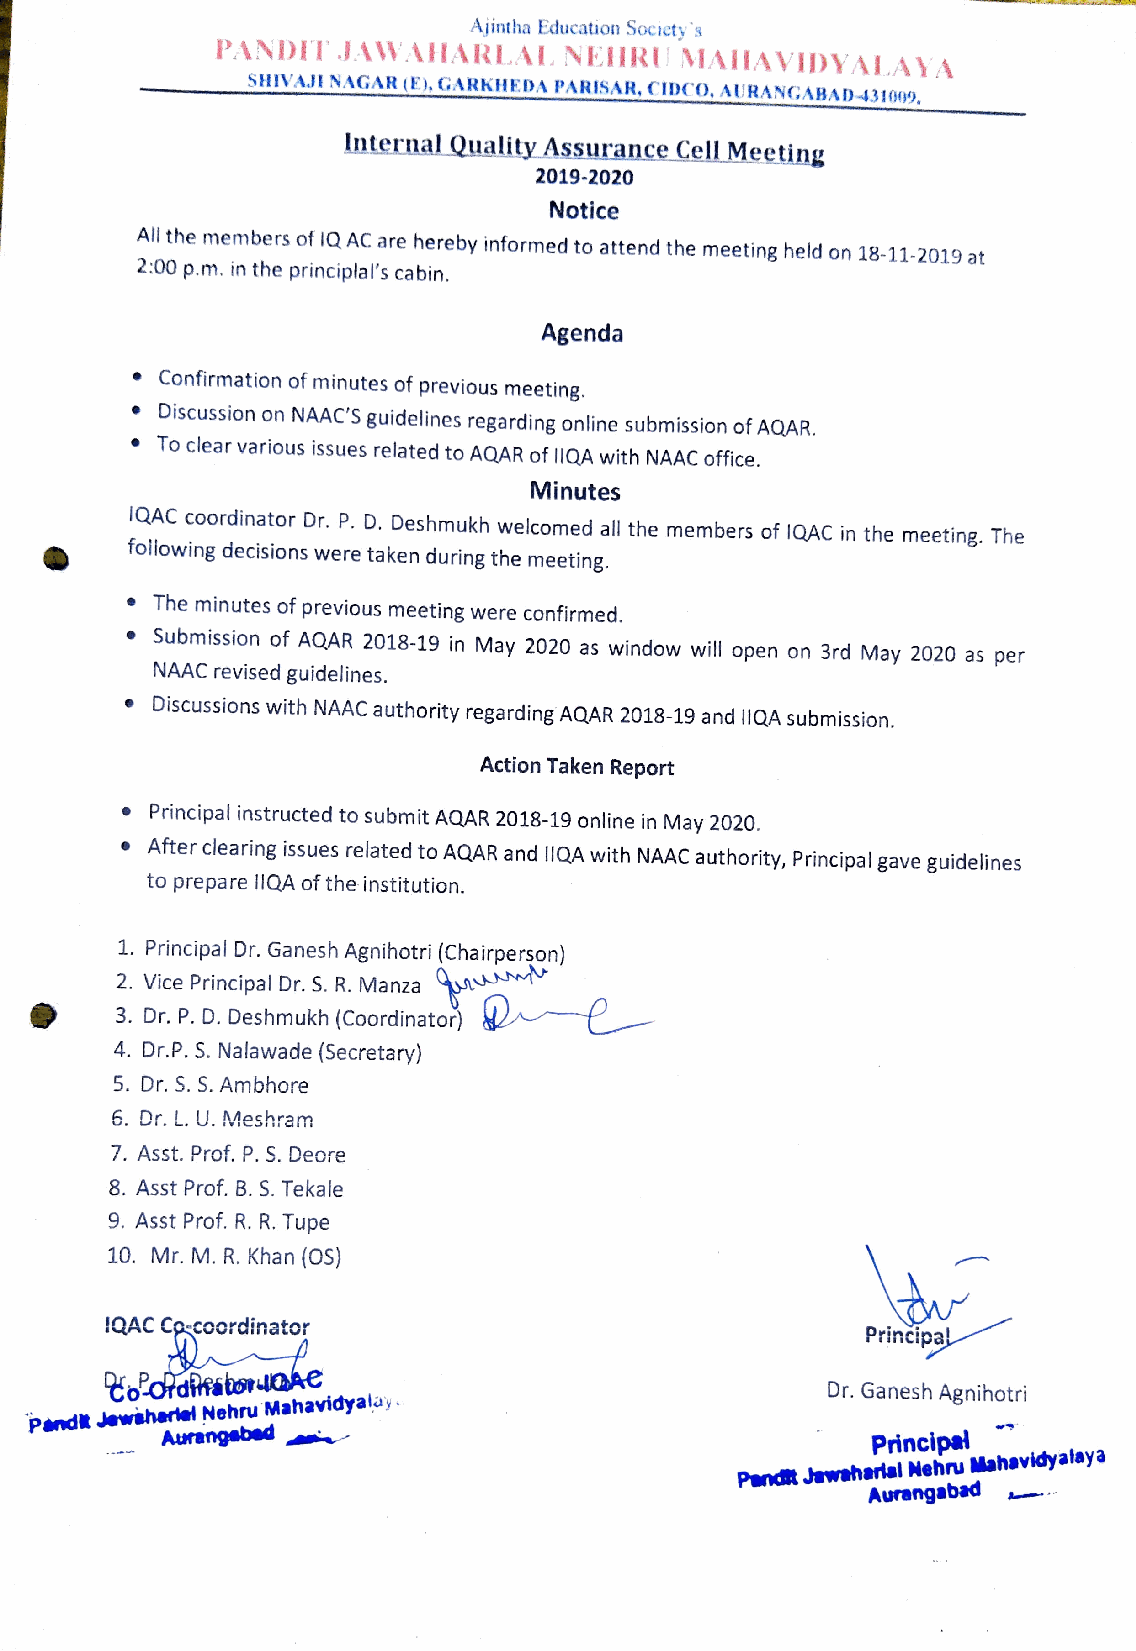
Ajintha Education Society's
 PANDIT  JAWAHARLAL     NEHRU   MAIIAVIDYALAYA
 SHIVAJI NAGAR (E), GARKHEDA PARISAR, CIDCO, AURANGABAD-431009.
 Internal Quality Assurance Cell Meeting
 2019-2020
 Notice
 All the members of IQ AC are hereby informed to attend the meeting held on 18-11-2019 at
 2:00 p.m. in the principlal's cabin.
 Agenda
 Confirmation of minutes of previous meeting.
 Discussion on NAAC'S guidelines regarding online submission of AQAR.
 To clear various issues related to AQAR of lIQA with NAAC office.
 Minutes
 QAC coordinator Dr. P. D. Deshmukh welcomed all the members of 1QAC in the meeting. The
 following decisions were taken during the meeting.
 The  minutes of previous meeting were confirmed.
 Submission of AQAR 2018-19 in May 2020 as window will open on 3rd May 2020 as per
 NAAC revised guidelines.
 Discussions with NAAC authority regarding AQAR 2018-19 and lIQA submission.
 Action Taken Report
 Principal instructed to submit AQAR 2018-19 online in May 2020.
 After clearing issues related to AQAR and lIQA with NAAC authority, Principal gave guidelines
 to prepare l1QA of the institution.
 1. Principal Dr. Ganesh Agnihotri (Chairperson)
 2. Vice Principal Dr. S. R. Manzapa
 e
 3. Dr. P. D. Deshmukh (Coordinator)
 4. Dr.P. S. Nalawade (Secretary)
 5. Dr. S. S. Ambhore
 6. Dr. L. U. Meshram
 7. Asst. Prof. P. S. Deore
 8. Asst Prof. B. S. Tekale
 9. Asst Prof. R. R. Tupe
 10. Mr. M. R. Khan (Oos)
 1QAC Cocoordinator                                Principal
 toordtsiorDAe                                    Dr. Ganesh Agnihotri
 Nehru Mahavidyalay.
 Pandt Jewaherel
 Aurangabed                                      Principa
 Nehru Mahavidyalaya
 Pendk Jawaharal
 Aurangabad